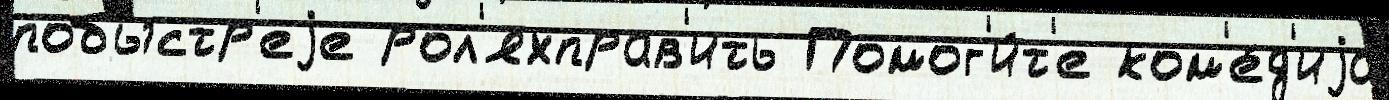
побыстр'еjе рол'яхправ'ить Помог'и́т'е ком'е́д'иjа